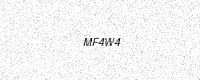
Text: MF4W4